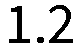
1.2